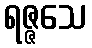
ရဇ္ဇသေ